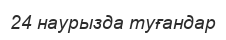
24 наурызда туғандар